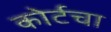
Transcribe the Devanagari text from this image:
कोर्टचा